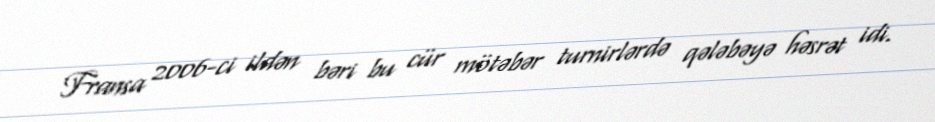
Fransa 2006-ci ildən bəri bu cür mötəbər turnirlərdə qələbəyə həsrət idi.